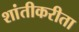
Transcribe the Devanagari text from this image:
शांतीकरीता